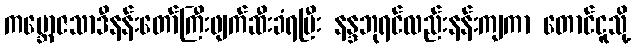
ကမ္ဘောဇသာဒီနန်းတော်ကြီးဖျက်ဆီးခံရပြီး နန္ဒဘုရင်လည်းနန်းကျကာ တောင်ငူသို့